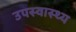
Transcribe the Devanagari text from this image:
उपस्‍वास्‍थ्‍य